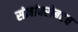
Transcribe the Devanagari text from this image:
संज्ञांबरोबरच